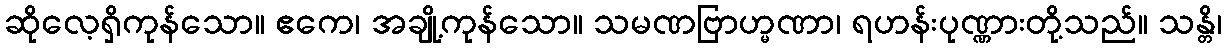
ဆိုလေ့ရှိကုန်သော။ ဧကေ၊ အချို့ကုန်သော။ သမဏဗြာဟ္မဏာ၊ ရဟန်းပုဏ္ဏားတို့သည်။ သန္တိ၊